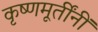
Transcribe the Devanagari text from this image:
कृष्णमूर्तींनीं